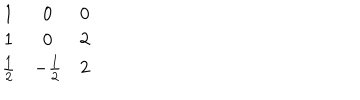
LaTeX: \begin{matrix} { { 1 } } & { { 0 } } & { { 0 } } \\ { { 1 } } & { { 0 } } & { { 2 } } \\ { { { \frac { 1 } { 2 } } } } & { { - { \frac { 1 } { 2 } } } } & { { { 2 } } } \\ \end{matrix}